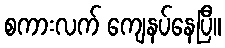
စကားလက် ကျေနပ်နေပြီ။